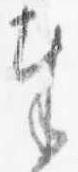
奉